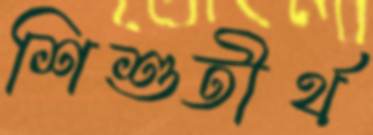
শিশুতীর্থ